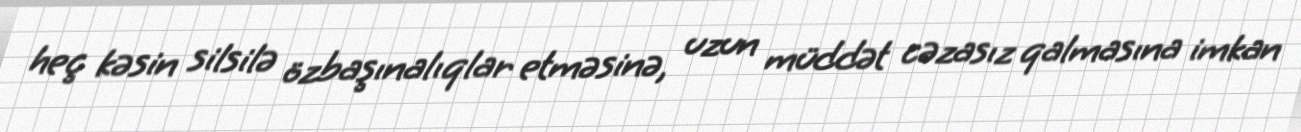
heç kəsin silsilə özbaşınalıqlar etməsinə, uzun müddət cəzasız qalmasına imkan